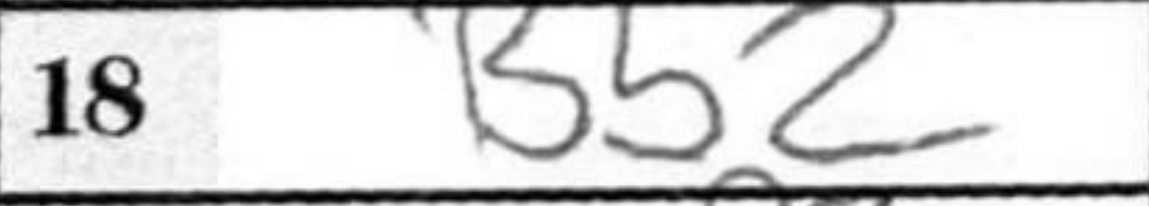
Transcription: Bb2